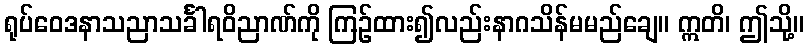
ရုပ်ဝေဒနာသညာသင်္ခါရဝိညာဏ်ကို ကြဉ်ထား၍လည်းနာဂသိန်မမည်ချေ။ ဣတိ၊ ဤသို့။